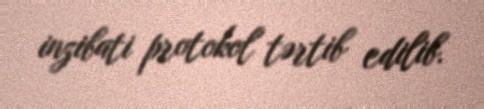
inzibati protokol tərtib edilib.